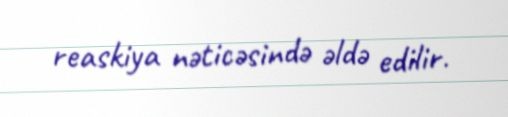
reaskiya nəticəsində əldə edilir.